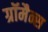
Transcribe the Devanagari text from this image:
ग्रॉमैन्स